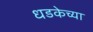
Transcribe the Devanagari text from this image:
धडकेच्या